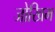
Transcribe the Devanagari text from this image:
जोखिम